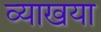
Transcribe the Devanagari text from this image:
व्याखया